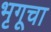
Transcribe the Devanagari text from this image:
भृगूचा